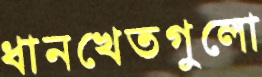
ধানখেতগুলো